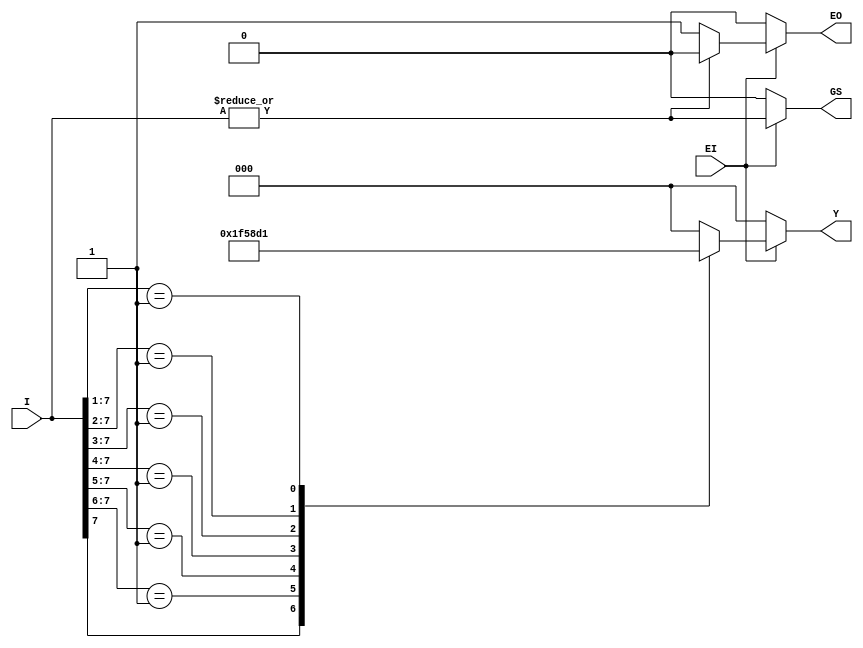
`timescale 1ns/1ns

module encoder_83(
   input      [7:0]       I   ,
   input                  EI  ,
   
   output reg [2:0]      Y   ,
   output reg            GS  ,
   output reg            EO    
);
    always @(*)begin
        if(EI) begin
            casex (I)
                8'b1??????? : Y=3'b111;
                8'b01?????? : Y=3'b110;
                8'b001????? : Y=3'b101;
                8'b0001???? : Y=3'b100;
                8'b00001??? : Y=3'b011;
                8'b000001?? : Y=3'b010;
                8'b0000001? : Y=3'b001;
                8'b00000001 : Y=3'b000;
                default : Y = 3'b000;
            endcase
            EO = (~|I) ? 1'b1 : 1'b0;
            GS = ~EO;
        end
        else begin
            Y = 0;
            GS = 0;
            EO = 0;
        end
    end

endmodule